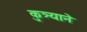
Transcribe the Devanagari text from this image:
कुत्र्याने